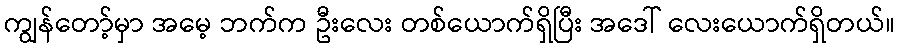
ကျွန်တော့်မှာ အမေ့ ဘက်က ဦးလေး တစ်ယောက်ရှိပြီး အဒေါ် လေးယောက်ရှိတယ်။